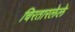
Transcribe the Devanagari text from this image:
चिरतारलेले